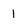
Character: 1